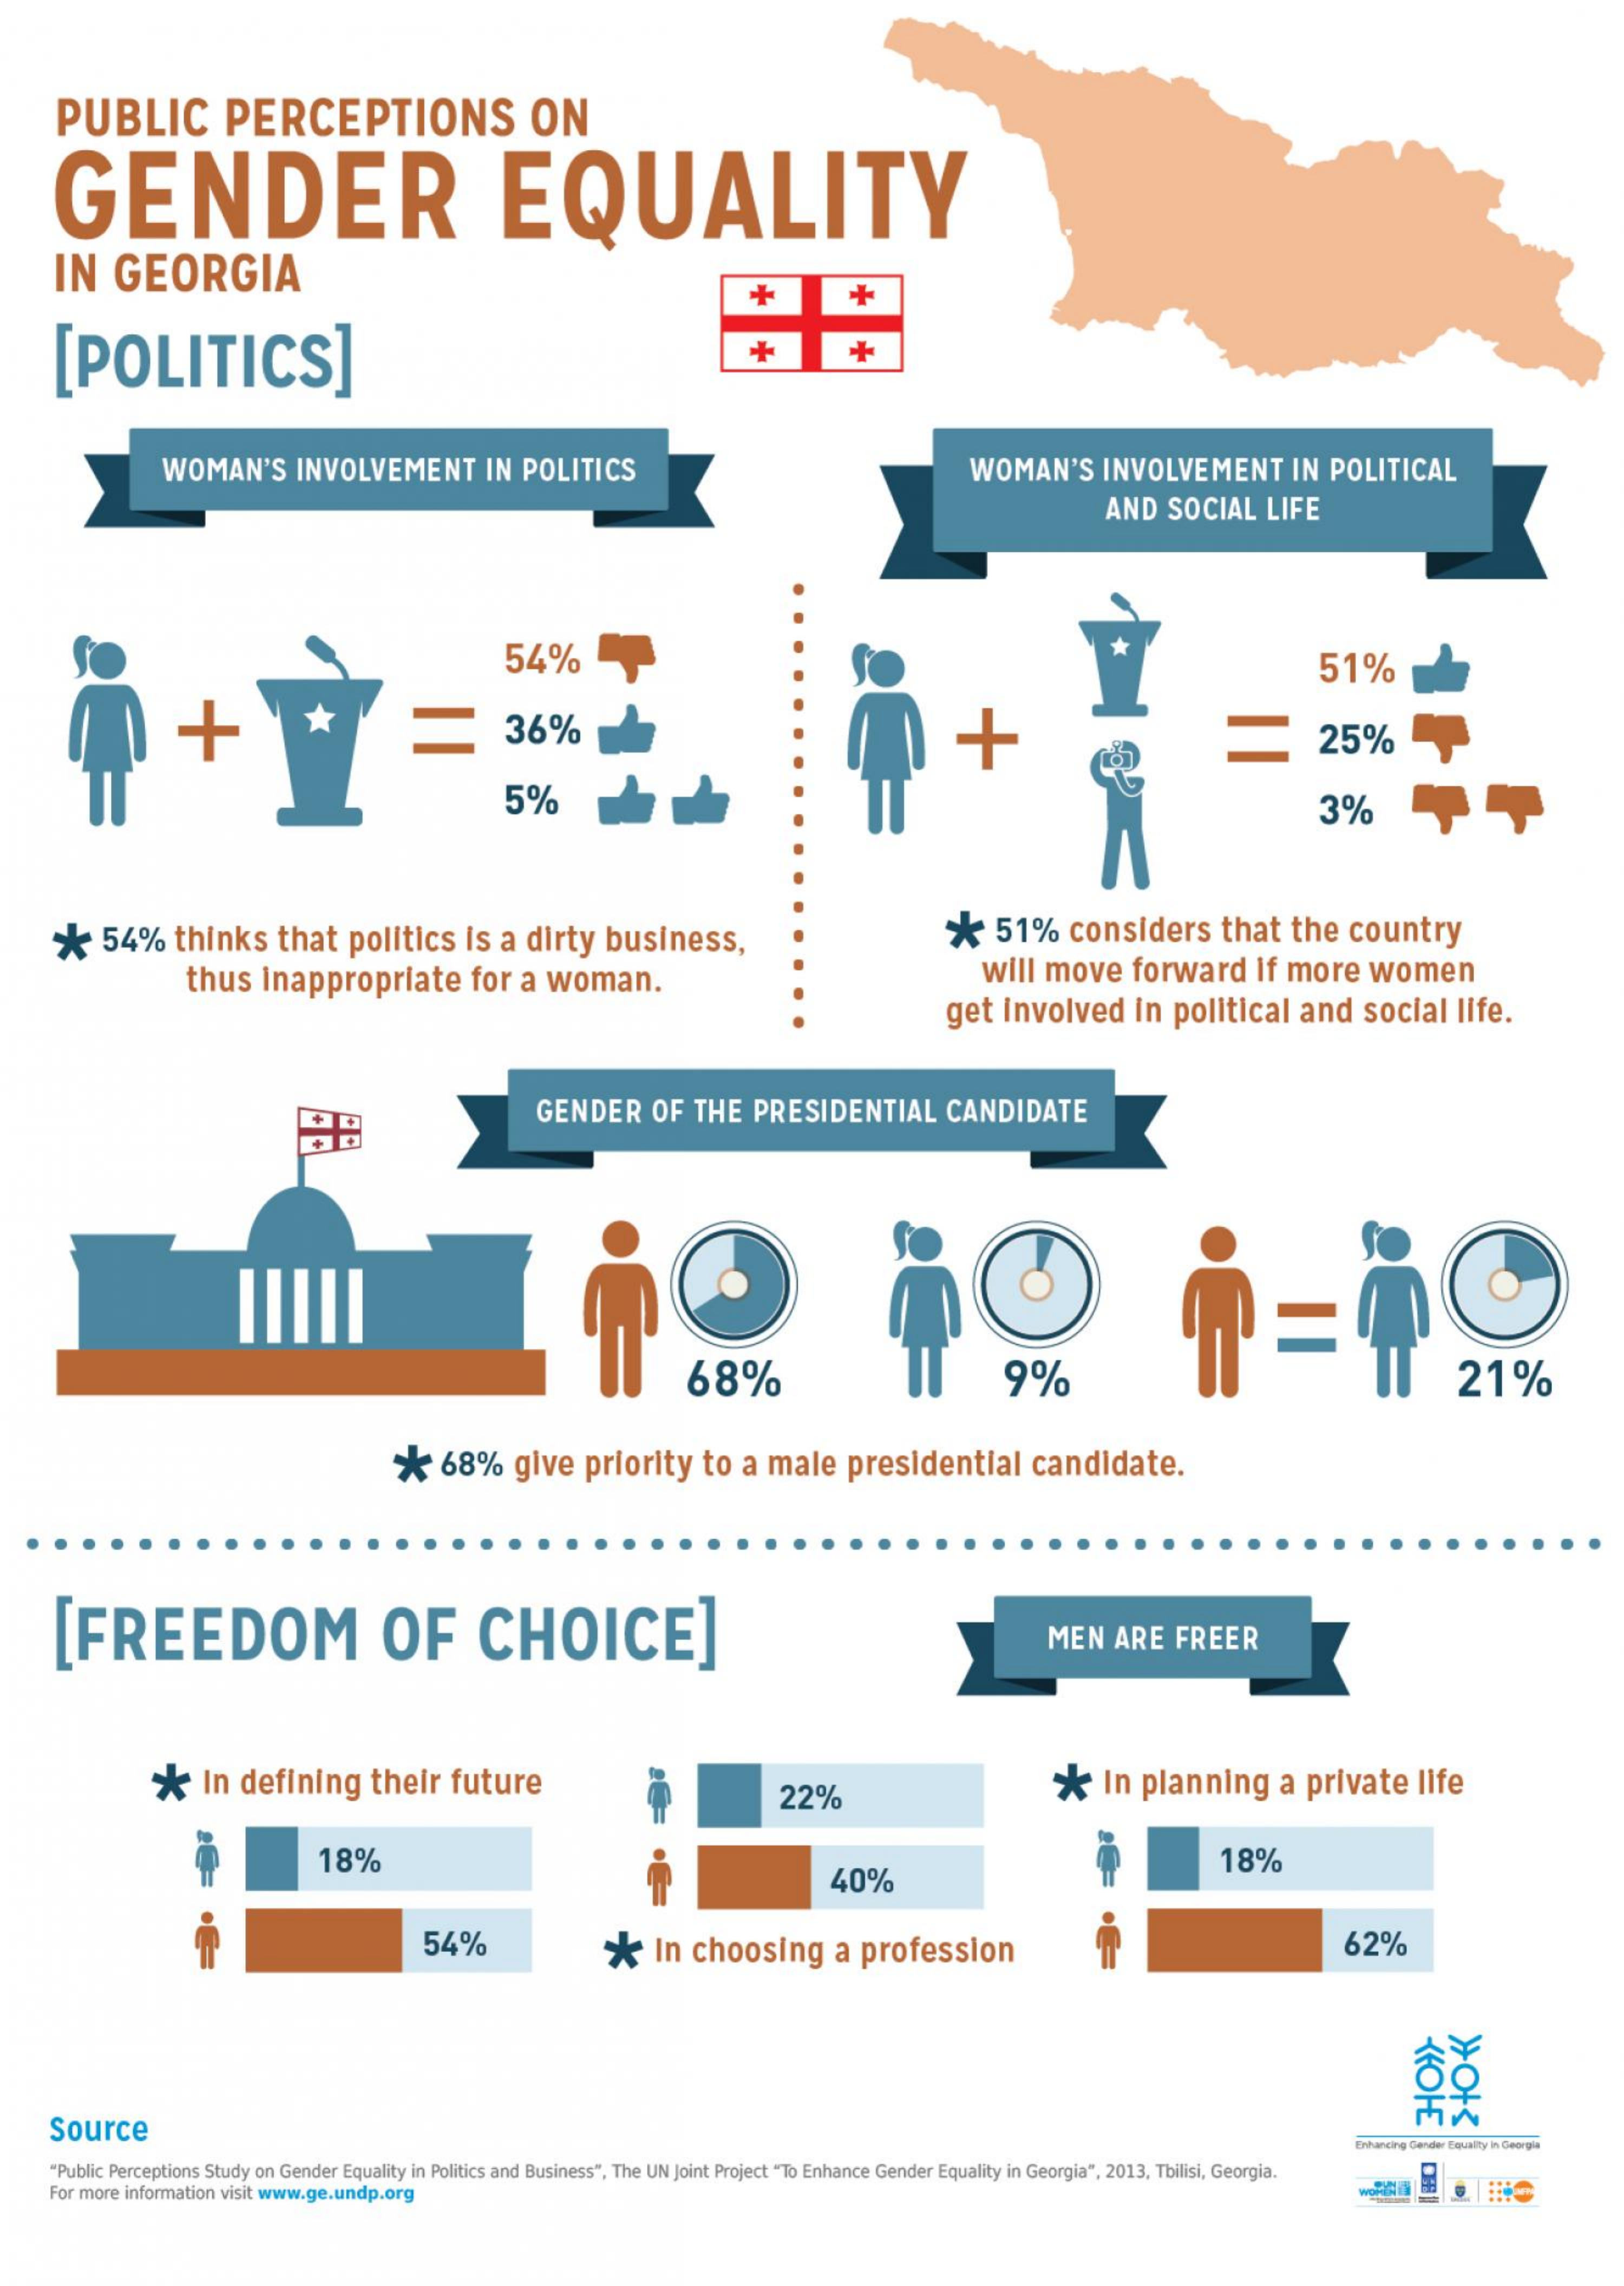
PUBLIC    PERCEPTIONS    ON
     GENDER    EQUALITY
     IN    GEORGIA
     +    +
     [POLITICS]    +    +
     WOMAN'S    INVOLVEMENT    IN  POLITICS    WOMAN'S    INVOLVEMENT    IN POLITICAL
     AND    SOCIAL    LIFE
     54%    51%
     36%    25%
     5%    3%
     *   54%    thinks    that    politics    is  a dirty    business,    ₭   51%    considers    that    the   country
     thus   Inappropriate    for   a  woman.    will  move    forward    If  more    women
     get   involved    in  political    and    social    life.
     GENDER    OF   THE   PRESIDENTIAL    CANDIDATE
     68%    9%    21%
     *   68%    give    priority    to  a  male    presidential    candidate.
     [FREEDOM    OF    CHOICE]    MEN    ARE    FREER
     *    In  defining    their    future    22%    *    In  planning    a  private    life
     18%
     40%
     18%
     54%    *   In   choosing    a  profession    62%
     KKOHE
     Source
     Enhancing Gender Equality in Georgi
     "Public Perceptions Study on Gender Equality in Politics and Business", The UN Joint Project "To Enhance Gender Equality in Georgia", 2013, Tbilisi, Georgia.
     For more information visit www.ge.undp.org